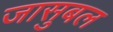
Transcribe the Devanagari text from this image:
जासुबल